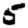
Digit: 5